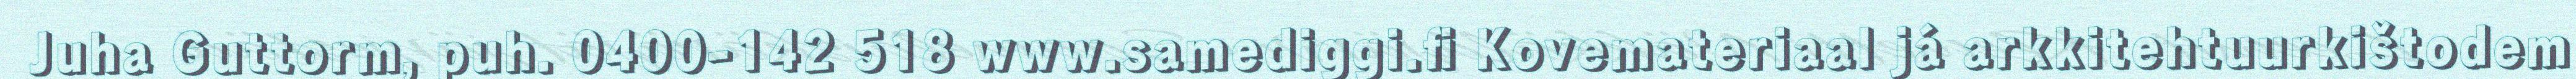
Juha Guttorm, puh. 0400-142 518 www.samediggi.fi Kovemateriaal já arkkitehtuurkištodem